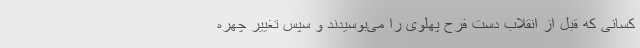
کسانی که قبل از انقلاب دست فرح پهلوی را می‌بوسیدند و سپس تغییر چهره